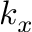
k _ { x }